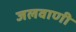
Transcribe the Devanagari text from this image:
जलवाणी